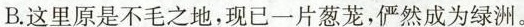
B.这里原是不毛之地，现已一片葱茏，俨然成为绿洲。